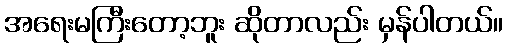
အရေးမကြီးတော့ဘူး ဆိုတာလည်း မှန်ပါတယ်။